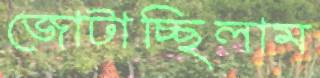
জোটাচ্ছিলাম